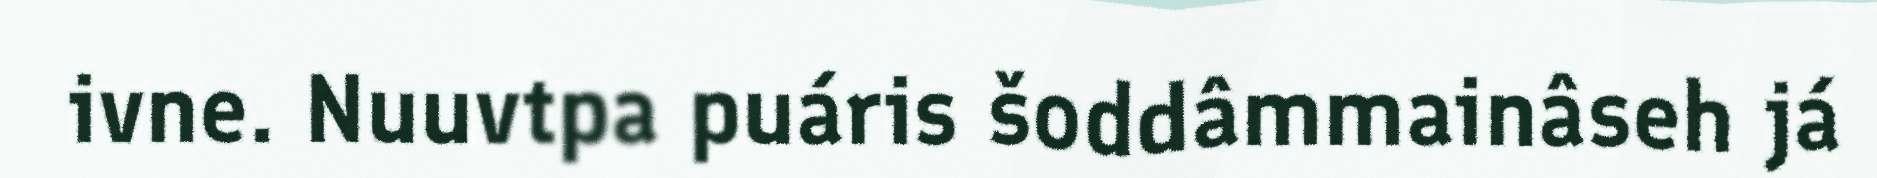
ivne. Nuuvtpa puáris šoddâmmainâseh já